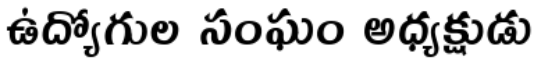
ఉద్యోగుల సంఘం అధ్యక్షుడు